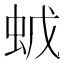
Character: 𧉦